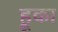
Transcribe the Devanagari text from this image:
हूका